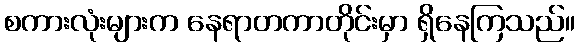
စကားလုံးများက နေရာတကာတိုင်းမှာ ရှိနေကြသည်။